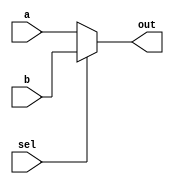
/*********************************
* 2_TO_1 N_BIT WIDE SCALABLE MUX *
**********************************/
`timescale 1ns/1ns

module  scale_mux
#(
    parameter       size    =   1)
(
    input   wire [size-1:0] a   ,
    input   wire [size-1:0] b   ,
    input   wire            sel ,

    output  wire [size-1:0] out
);

assign  out = (!sel) ? a :
                        (sel) ? b :
                        {size{1'bx}};

endmodule